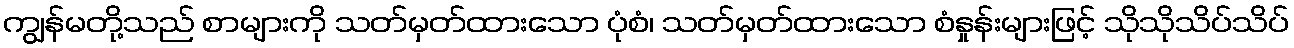
ကျွန်မတို့သည် စာများကို သတ်မှတ်ထားသော ပုံစံ၊ သတ်မှတ်ထားသော စံနှုန်းများဖြင့် သိုသိုသိပ်သိပ်